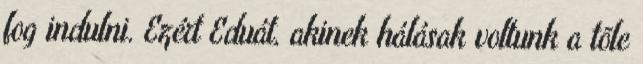
fog indulni. Ezért Eduát, akinek hálásak voltunk a tõle